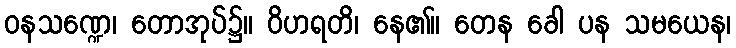
ဝနသဏ္ဍေ၊ တောအုပ်၌။ ဝိဟရတိ၊ နေ၏။ တေန ခေါ ပန သမယေန၊